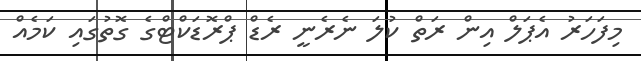
މިފަހަރު އެޕަލް އިން ރަތް ކުލަ ނެރެނީ ރެޑް ޕްރޮޑަކްޓްގެ ގޮތުގައި ކަމެއް